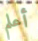
أعلم